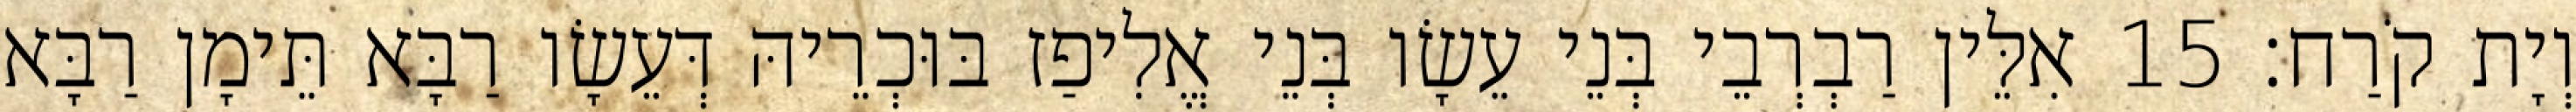
וְיָת קֹרַח׃ 15 אִלֵּין רַבְרְבֵי בְּנֵי עֵשָׂו בְּנֵי אֱלִיפַז בּוּכְרֵיהּ דְּעֵשָׂו רַבָּא תֵּימָן רַבָּא